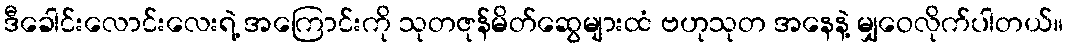
ဒီခေါင်းလောင်းလေးရဲ့ အကြောင်းကို သုတဇုန်မိတ်ဆွေများထံ ဗဟုသုတ အနေနဲ့ မျှဝေလိုက်ပါတယ်။